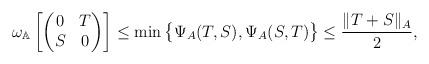
LaTeX: \begin{align*}\omega_{\mathbb{A}}\left[\begin{pmatrix}0 &T\\S &0\end{pmatrix}\right]\leq \min\big\{\Psi_A(T,S),\Psi_A(S,T)\big\}\leq\frac{\|T+S\|_A}{2},\end{align*}